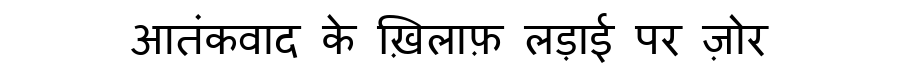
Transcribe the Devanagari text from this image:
आतंकवाद के ख़िलाफ़ लड़ाई पर ज़ोर